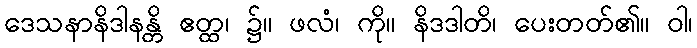
ဒေသနာနိဒါနန္တိ ဧတ္ထ၊ ၌။ ဖလံ၊ ကို။ နိဒဒါတိ၊ ပေးတတ်၏။ ဝါ၊